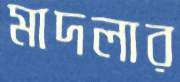
মাদলার